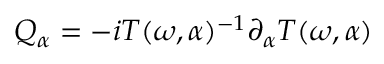
Q _ { \alpha } = - i T ( \omega , \alpha ) ^ { - 1 } \partial _ { \alpha } T ( \omega , \alpha )